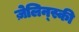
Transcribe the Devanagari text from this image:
ज़ेलिन्स्की